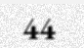
44